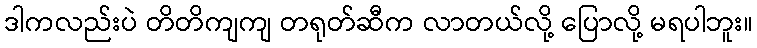
ဒါကလည်းပဲ တိတိကျကျ တရုတ်ဆီက လာတယ်လို့ ပြောလို့ မရပါဘူး။